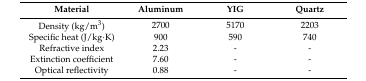
| Material | Aluminum | YIG | Quartz |
 | --- | --- | --- | --- |
 | Density (kg/m3) | 2700 | 5170 | 2203 |
 | Specific heat (J/kg·K) | 900 | 590 | 740 |
 | Refractive index | 2.23 | - | - |
 | Extinction coefficient | 7.60 | - | - |
 | Optical reflectivity | 0.88 | - | - |